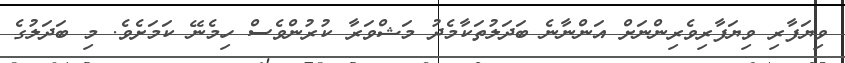
ވިޔަފާރި ވިޔަފާރިވެރިންނަށް އަންނާނެ ބަދަލުތަކާމެދު މަޝްވަރާ ކުރުންވެސް ހިމެނޭ ކަމަށެވެ. މި ބަދަލުގެ